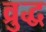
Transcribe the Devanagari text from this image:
व्रुद्ध